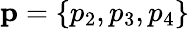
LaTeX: \mathbf{p}=\{ p_{2},p_{3},p_{4}\}